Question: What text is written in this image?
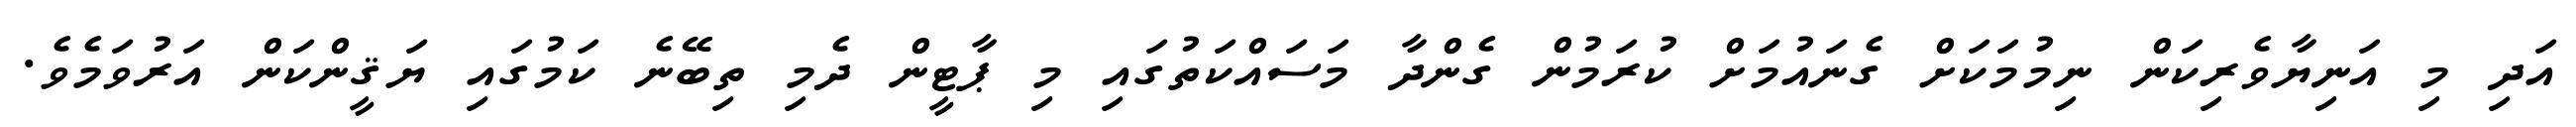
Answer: އަދި މި އަނިޔާވެރިކަން ނިމުމަކަށް ގެނައުމަށް ކުރަމުން ގެންދާ މަސައްކަތުގައި މި ޕާޓީން ދެމި ތިބޭނެ ކަމުގައި ޔަޤީންކަން އަރުވަމެވެ.